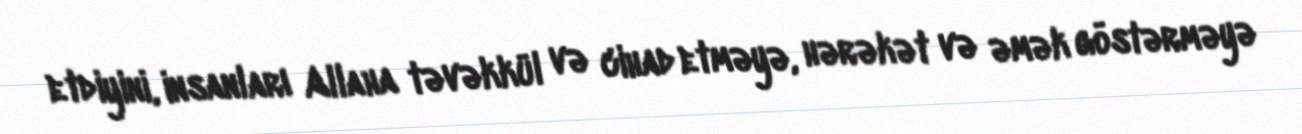
etdiyini, insanları Allaha təvəkkül və cihad etməyə, hərəkət və əmək göstərməyə